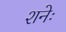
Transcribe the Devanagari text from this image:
शनेः